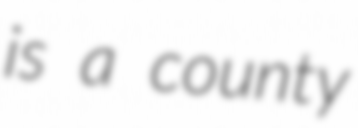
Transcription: is a county